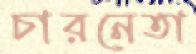
চারনেতা